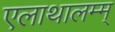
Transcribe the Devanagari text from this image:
एलाथालम्म्